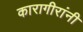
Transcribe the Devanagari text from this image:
कारागीरांनी